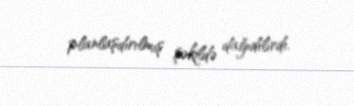
planlaşdırılmış şəkildə dağıdılırdı.